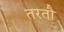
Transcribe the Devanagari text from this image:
तरतौ